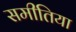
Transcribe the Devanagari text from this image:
समीतिया